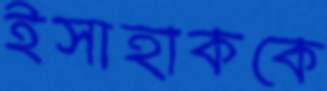
ইসাহাককে